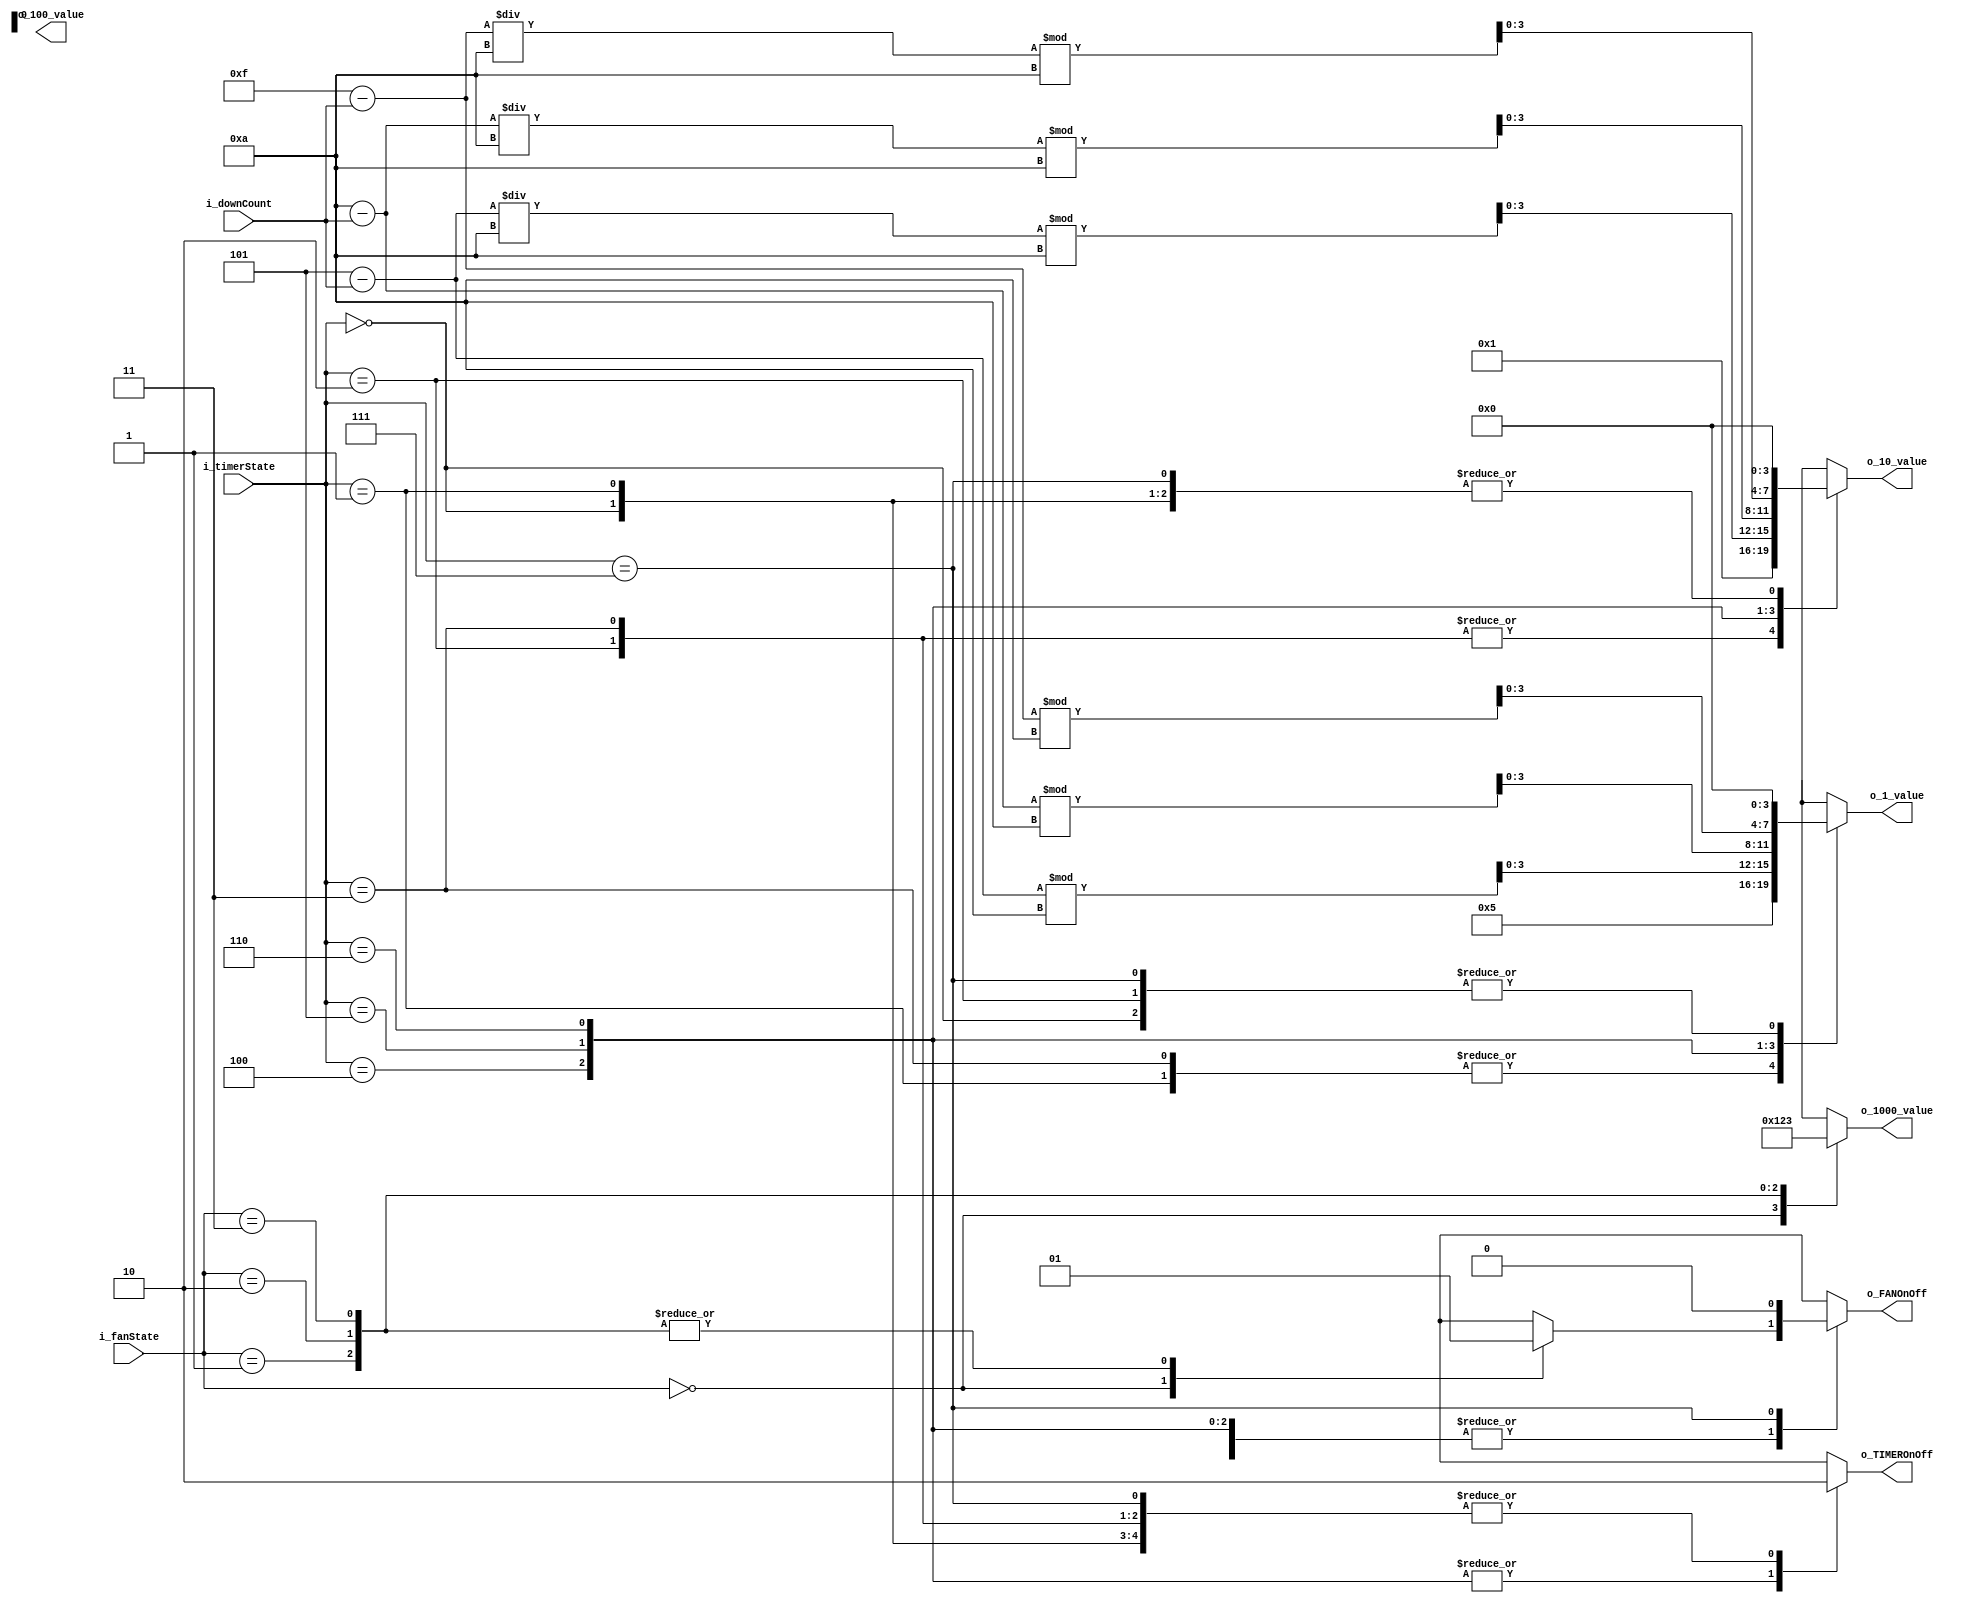
module ValueController(
    input [1:0] i_fanState,
    input [2:0] i_timerState,
    input [31:0] i_downCount,
    output [3:0] o_1000_value, o_100_value, o_10_value, o_1_value,
    output o_FANOnOff, o_TIMEROnOff
    );

    parameter   S_FAN_0 = 2'b00,
                S_FAN_1 = 2'b01,
                S_FAN_2 = 2'b10,
                S_FAN_3 = 2'b11;

    parameter   S_TIMER_INACTIVE    = 3'd0,   // timer off
                S_TIMER_5           = 3'd1,   // timer 5s
                S_TIMER_10          = 3'd2,   // timer 10s
                S_TIMER_15          = 3'd3,   // timer 15s
                S_TIMER_5_ACTIVE    = 3'd4,   // timer 5s active
                S_TIMER_10_ACTIVE   = 3'd5,   // timer 10s active
                S_TIMER_15_ACTIVE   = 3'd6,   // timer 15s active
                S_TIMER_COMPLETE    = 3'd7;   // timer complete

    parameter   S_FAN_OFF = 1'b0,
                S_FAN_ON  = 1'b1;

    parameter   S_TIMER_OFF = 1'b0,
                S_TIMER_ON  = 1'b1;

    reg [3:0] r_1000_value, r_100_value, r_10_value, r_1_value;
    assign o_1000_value = r_1000_value;
    assign o_100_value  = r_100_value;
    assign o_10_value   = r_10_value;
    assign o_1_value    = r_1_value;

    reg r_FANOnOff = S_FAN_OFF;
    assign o_FANOnOff = r_FANOnOff;

    reg r_TIMEROnOff = S_TIMER_OFF;
    assign o_TIMEROnOff = r_TIMEROnOff;

    always @(*) begin
        case(i_fanState)
            S_FAN_0 : begin
                r_1000_value = 0;
                r_FANOnOff = S_FAN_OFF;
            end
            S_FAN_1 : begin
                r_1000_value = 1;
                r_FANOnOff = S_FAN_ON;
            end
            S_FAN_2 : begin
                r_1000_value = 2;
                r_FANOnOff = S_FAN_ON;
            end
            S_FAN_3 : begin
                r_1000_value = 3;
                r_FANOnOff = S_FAN_ON;
            end
        endcase
 
        case(i_timerState)
            S_TIMER_INACTIVE : begin
                r_TIMEROnOff = S_TIMER_OFF;
                r_10_value = 0 / 10 % 10;
                r_1_value = 0 % 10;
            end
            S_TIMER_5 : begin
                r_TIMEROnOff = S_TIMER_OFF;
                r_10_value = 5 / 10 % 10;
                r_1_value = 5 % 10;
            end
            S_TIMER_10 : begin
                r_TIMEROnOff = S_TIMER_OFF;
                r_10_value = 10 / 10 % 10;
                r_1_value = 10 % 10;
            end
            S_TIMER_15 : begin
                r_TIMEROnOff = S_TIMER_OFF;
                r_10_value = 15 / 10 % 10;
                r_1_value = 15 % 10;
            end
            S_TIMER_5_ACTIVE : begin
                r_TIMEROnOff = S_TIMER_ON;
                r_10_value = (5 - i_downCount) / 10 % 10;
                r_1_value = (5 - i_downCount) % 10;
            end
            S_TIMER_10_ACTIVE : begin
                r_TIMEROnOff = S_TIMER_ON;
                r_10_value = (10 - i_downCount) / 10 % 10;
                r_1_value = (10 - i_downCount) % 10;
            end
            S_TIMER_15_ACTIVE : begin
                r_TIMEROnOff = S_TIMER_ON;
                r_10_value = (15 - i_downCount) / 10 % 10;
                r_1_value = (15 - i_downCount) % 10;
            end
            S_TIMER_COMPLETE : begin
                r_10_value = 0;
                r_1_value = 0;
                r_FANOnOff = S_FAN_OFF;
                r_TIMEROnOff = S_TIMER_OFF;
            end
        endcase
    end
endmodule